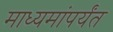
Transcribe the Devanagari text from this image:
माध्यमांपर्यंत